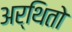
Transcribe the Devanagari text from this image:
अर्थितो